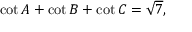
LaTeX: \cot A + \cot B + \cot C = { \sqrt { 7 } } ,